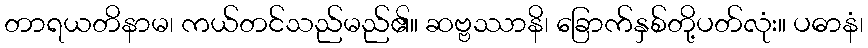
တာရယတိနာမ၊ ကယ်တင်သည်မည်၏။ ဆဗ္ဗဿာနိ၊ ခြောက်နှစ်တို့ပတ်လုံး။ ပဓာနံ၊